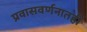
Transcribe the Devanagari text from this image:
प्रवासवर्णनातही